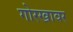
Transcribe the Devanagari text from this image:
गोरखावर